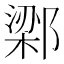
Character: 𬪔